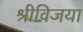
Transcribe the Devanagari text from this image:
श्रीविजया